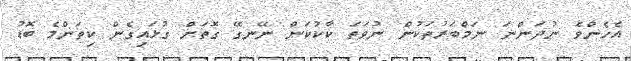
އެހެންވެ ނުދަންނަ ނަމްބަރުތަކުން ނުވަތަ ކާކުކަން ނޭނގޭ ގޮތަށް ގުޅައިގެން ކިތަންމެ ބޮޑު